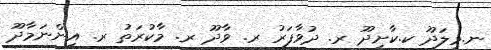
ނ.މިލަދޫ ކ.ކާށިދޫ ރ. ދުވާފަރު ރ. ވާދޫ ރ. މާކުރަތު ރ. އިންނަމާދޫ